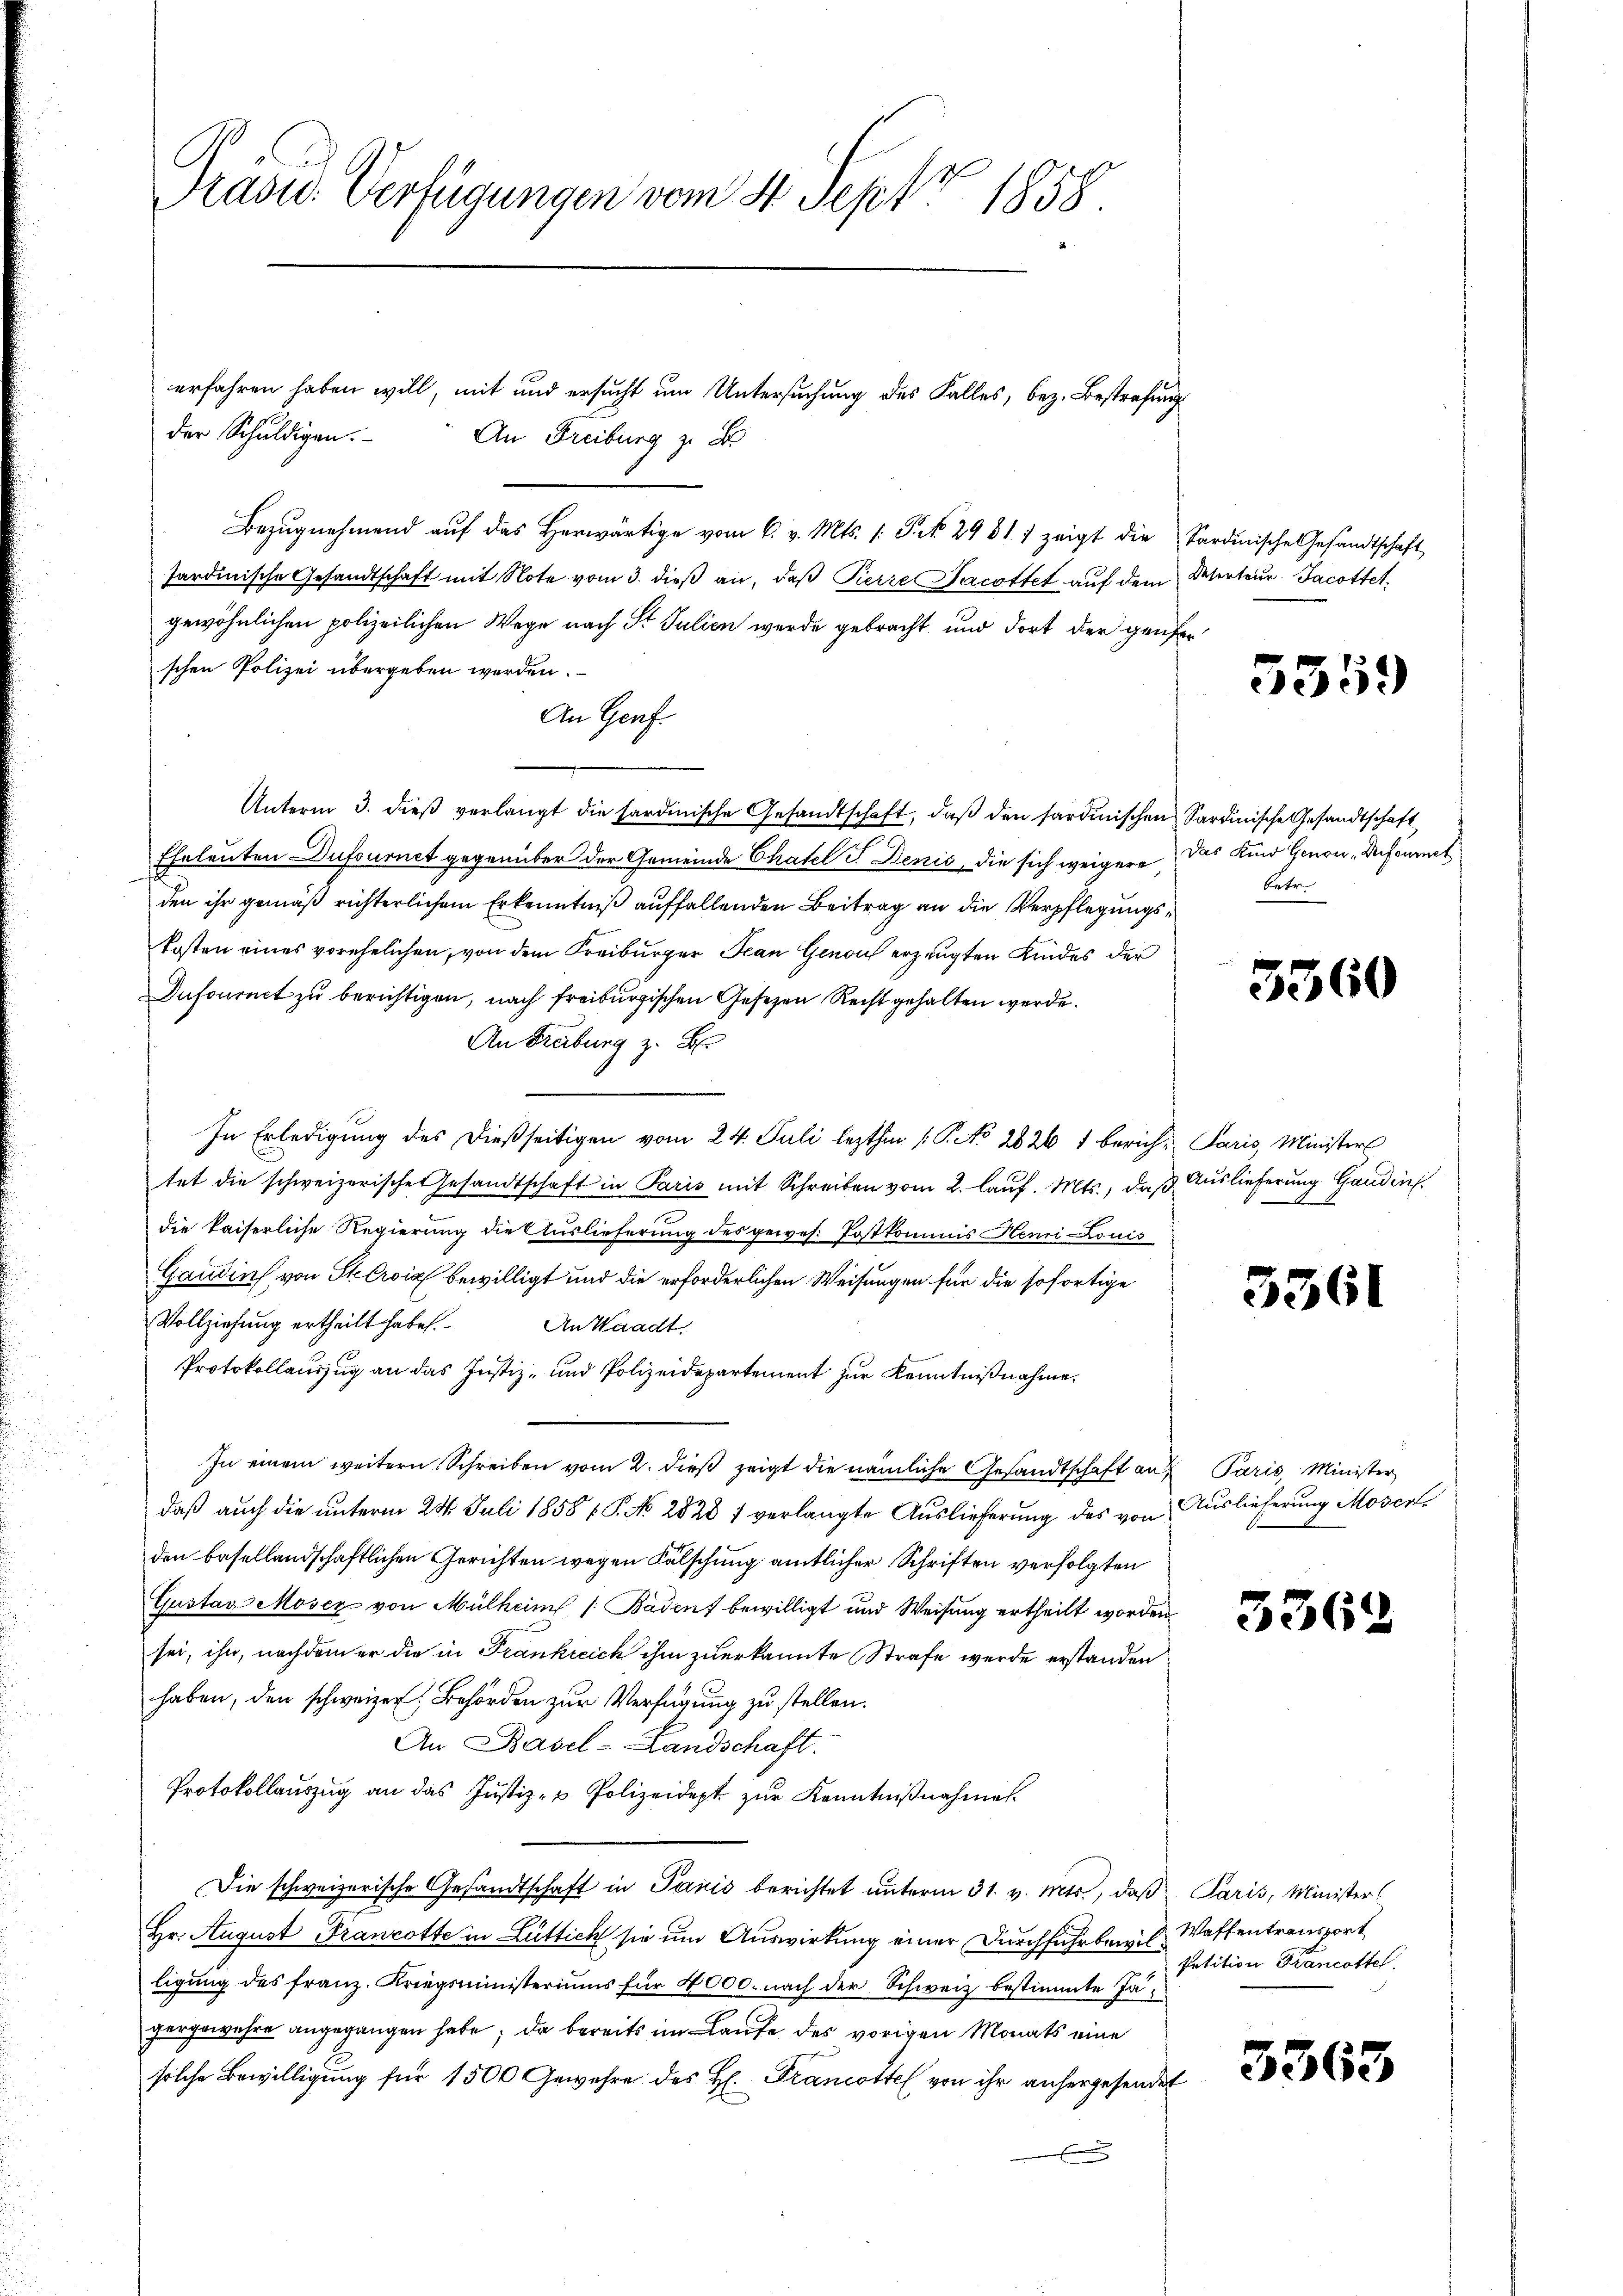
Präses Verfügungen vom 4. Sept 1858

erfahren haben will, mit und ersucht um Untersuchung des Falles, bez. Bestrafung
der Schŭldigen. An Freiburg z. B.
Bezŭgnehmend aŭf das herwärtige vom 6. v. Mts. 1. Pr. 29 817 zeigt die Sardische Gesandtschaft
sardinische Gesandtschaft mit Note vom 3. dieß an, daß Pierre Jacottet auf dem
gewöhnlichen polizeilichen Wege nach St. Julien werde gebracht und dort der geneschen Polizei übergeben werden.
An Genf.
Unterm 3. dieβ verlangt die sardinische Gesandtschaft, daβ den sardinischen Sardinische Gesandtschaft
Eheleuten Dufournet gegenüber der Gemeinde Chatel I Denis, die sich weigere das Kind Genon „Drfoumet
den ihr gemäß richterlichem Erkenntniß auffallenden Beitrag an die Verpflegungskosten eines verehelichen, von dem Kreiburger Jean Genau erzeugten Kindes der
Infournct zu berichtigen, nach freiburgischen Gesezen Recht gehalten werde.
An Freiburg z. B.
In Erledigung des dießseitigen vom 24. Juli lezthin /: P. No 2626 1 berich-Paris, Minister
tet die schweizerischen Gesandtschaft in Paris mit Schreiben vom 2. Lauf. Mts., das Auslieferung Gaudin.
die kaiserliche Regierung die Auslieferung des gewes. Postkommis Henri Louis
Gandin von Sterois bewilligt und die erforderlichen Weisungen für die sofortige
Vollziehung ertheilt habe.
An Waadt,
Protokollauszug an das Justiz- und Polizeidepartement zur Kenntnißnahme.
In einem weitern Schreiben vom 2. dieß zeigt die nämliche Gesandtschaft auf Paris, Minister
daß auch die unterm 23. Juli 1858 f. P. No 2828 7 verlangte Auslieferung des von Auslieferung Mosert
den besellandschaftlichen Gerichten wegen Fälschung amtlicher Schriften verfolgten
Gustav Moser von Mülheim 1. Badens bewilligt und Weisung ertheilt worden.
sei, ihn, nachdem er die in Frankreich ihm zuerkannte Strafe werde erstanden
haben, den schweizer, Behörden zur Verfügung zu stellen.
An Basel-Landschaft.
Protokollauszug an das Justiz- u Polizeidept zur Kenntnißnahmes
Die schweizerische Gesandtschaft in Paris berichtet unterm 31. v. Mts., daß Paris, Minister
Hr. August Francotte in Luttich sie um Auswirkung einer Durchfuhrbew. C. Waffentransport
ligung des Franz. Kriegsministeriums für 4000. nach der Schweiz bestimmte Jagergewehre angegangen habe; da bereits im Laufe des vorigen Monats eine
solche Bewilligung für 1500 Gewehre des H. Francottel von ihr anhergesendet
.

Deserteur. Jacottet.

5359

betr.

5360

5361

3362

Petition Francottel

3363